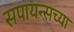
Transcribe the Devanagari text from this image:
सपायन्सच्या